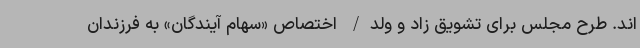
اند. طرح مجلس برای تشویق زاد و ولد/ اختصاص «سهام آیندگان» به فرزندان